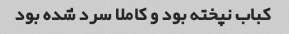
کباب نپخته بود و کاملا سرد شده بود